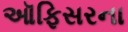
ઑફિસરના